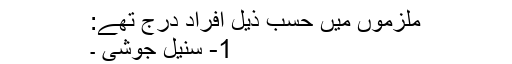
ملزموں میں حسب ذیل افراد درج تھے:
1- سنیل جوشی ۔